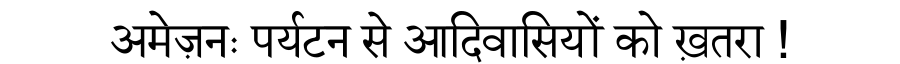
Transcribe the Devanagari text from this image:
अमेज़नः पर्यटन से आदिवासियों को ख़तरा !